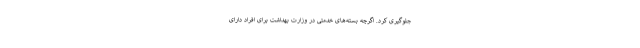
جلوگیری کرد. اگرچه بسته‌های خدمتی در وزارت بهداشت برای افراد دارای